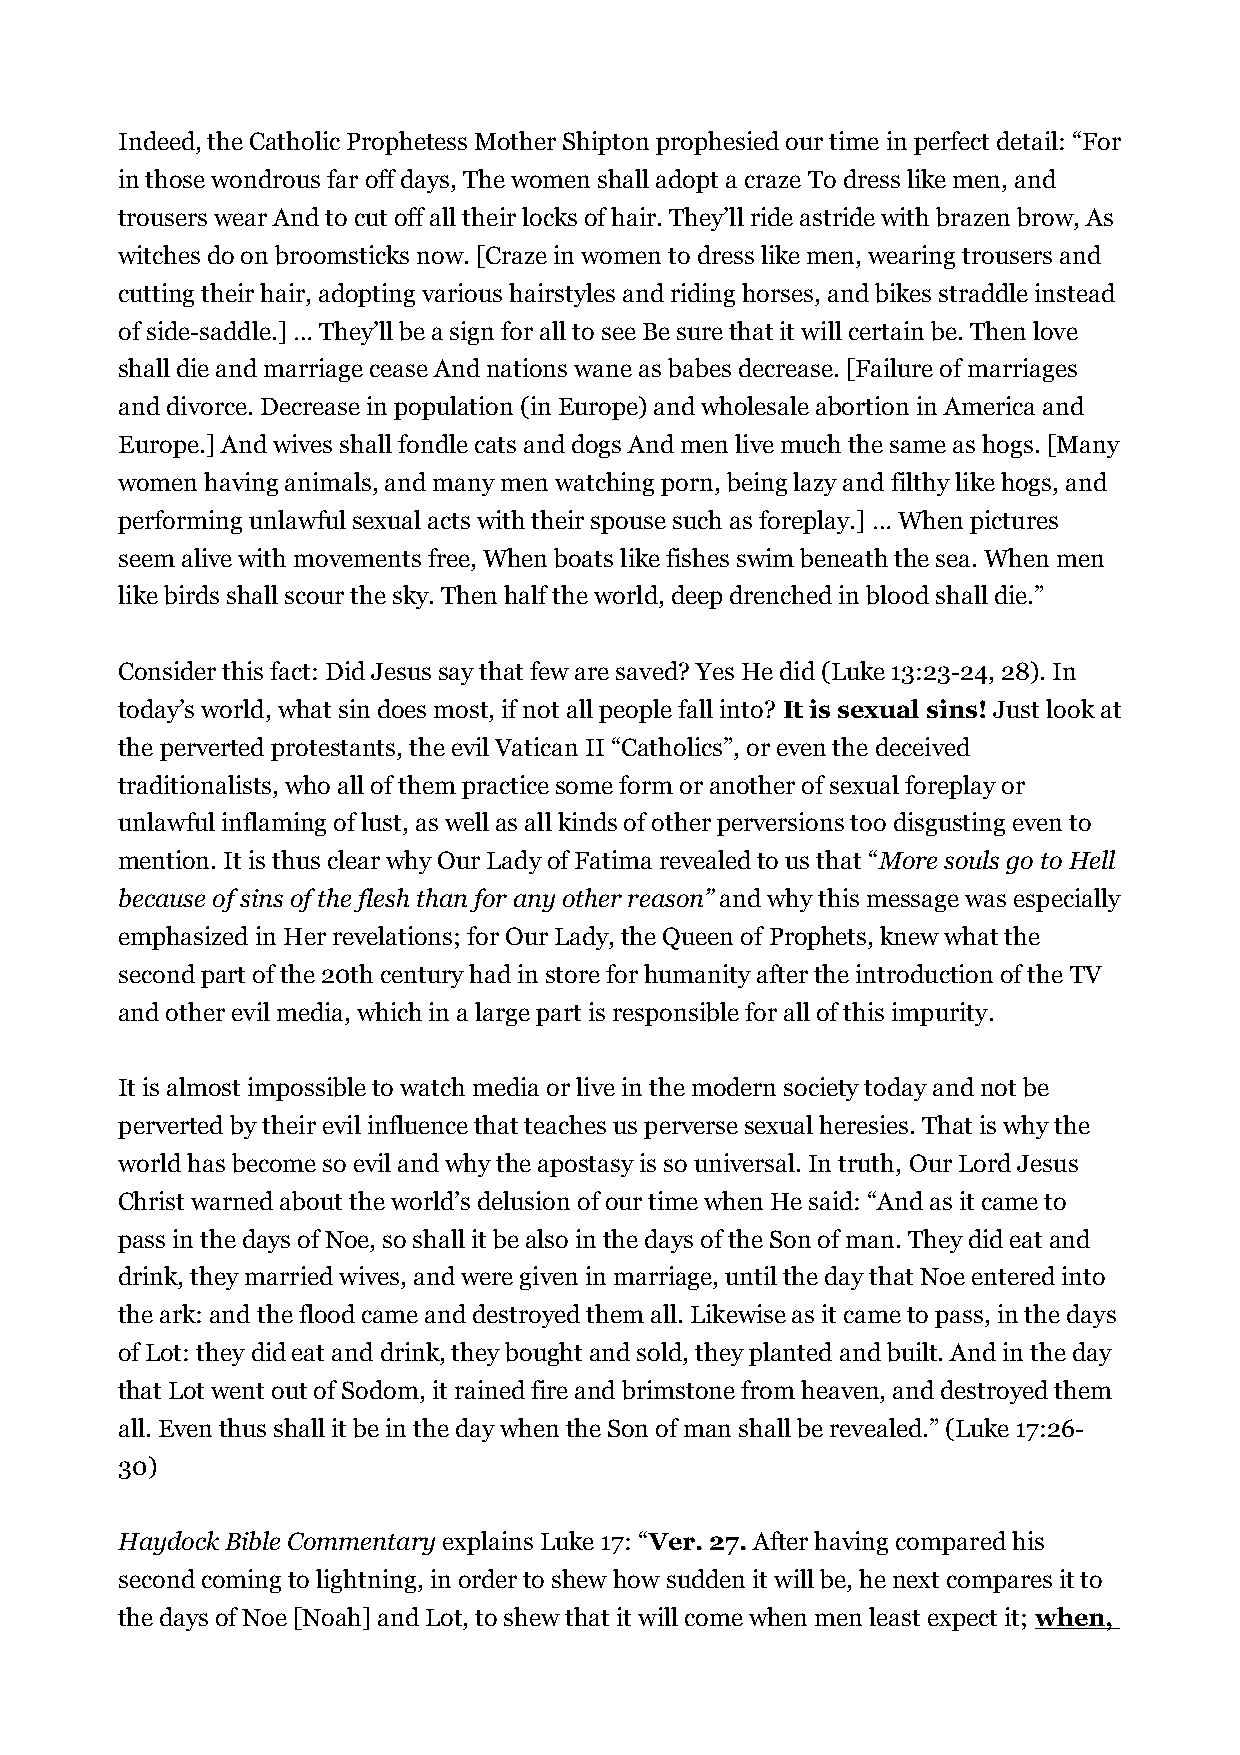
Indeed, the Catholic Prophetess Mother Shipton prophesied our time in perfect detail: “For
 in those wondrous far off days, The women shall adopt a craze To dress like men, and
 trousers wear And to cut off all their locks of hair. They’ll ride astride with brazen brow, As
 witches do on broomsticks now. [Craze in women to dress like men, wearing trousers and
 cutting their hair, adopting various hairstyles and riding horses, and bikes straddle instead
 of side-saddle.] … They’ll be a sign for all to see Be sure that it will certain be. Then love
 shall die and marriage cease And nations wane as babes decrease. [Failure of marriages
 and divorce. Decrease in population (in Europe) and wholesale abortion in America and
 Europe.] And wives shall fondle cats and dogs And men live much the same as hogs. [Many
 women having animals, and many men watching porn, being lazy and filthy like hogs, and
 performing unlawful sexual acts with their spouse such as foreplay.] … When pictures
 seem alive with movements free, When boats like fishes swim beneath the sea. When men
 like birds shall scour the sky. Then half the world, deep drenched in blood shall die.”
 Consider this fact: Did Jesus say that few are saved? Yes He did (Luke 13:23-24, 28). In
 today’s world, what sin does most, if not all people fall into? It is sexual sins! Just look at
 the perverted protestants, the evil Vatican II “Catholics”, or even the deceived
 traditionalists, who all of them practice some form or another of sexual foreplay or
 unlawful inflaming of lust, as well as all kinds of other perversions too disgusting even to
 mention. It is thus clear why Our Lady of Fatima revealed to us that “More souls go to Hell
 because of sins of the flesh than for any other reason” and why this message was especially
 emphasized in Her revelations; for Our Lady, the Queen of Prophets, knew what the
 second part of the 20th century had in store for humanity after the introduction of the TV
 and other evil media, which in a large part is responsible for all of this impurity.
 It is almost impossible to watch media or live in the modern society today and not be
 perverted by their evil influence that teaches us perverse sexual heresies. That is why the
 world has become so evil and why the apostasy is so universal. In truth, Our Lord Jesus
 Christ warned about the world’s delusion of our time when He said: “And as it came to
 pass in the days of Noe, so shall it be also in the days of the Son of man. They did eat and
 drink, they married wives, and were given in marriage, until the day that Noe entered into
 the ark: and the flood came and destroyed them all. Likewise as it came to pass, in the days
 of Lot: they did eat and drink, they bought and sold, they planted and built. And in the day
 that Lot went out of Sodom, it rained fire and brimstone from heaven, and destroyed them
 all. Even thus shall it be in the day when the Son of man shall be revealed.” (Luke 17:26-
 30)
 Haydock Bible Commentary explains Luke 17: “Ver. 27. After having compared his
 second coming to lightning, in order to shew how sudden it will be, he next compares it to
 the days of Noe [Noah] and Lot, to shew that it will come when men least expect it; when,